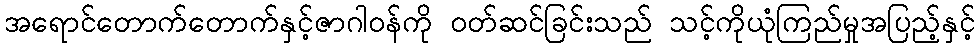
အရောင်တောက်တောက်နှင့်ဇာဂါဝန်ကို ဝတ်ဆင်ခြင်းသည် သင့်ကိုယုံကြည်မှုအပြည့်နှင့်